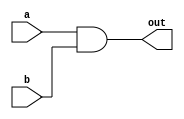
`timescale 1ns / 1ps
//////////////////////////////////////////////////////////////////////////////////
// Company: 
// Engineer: 
// 
// Design Name: 
// Module Name: AND1Bit
// Project Name: 
// Target Devices: 
// Tool Versions: 
// Description: 
// 
// Dependencies: 
// 
// Revision:
// Revision 0.01 - File Created
// Additional Comments:
// 
//////////////////////////////////////////////////////////////////////////////////


module AND1Bit(a, b, out);
    input a, b;
    output reg out;
    
    always @ (a, b) begin
        out <= a & b;
    end
endmodule